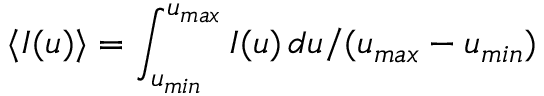
\langle I ( u ) \rangle = \int _ { u _ { m i n } } ^ { u _ { m a x } } I ( u ) \, d u / ( u _ { m a x } - u _ { m i n } )